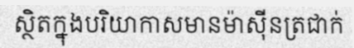
ស្ថិតក្នុងបរិយាកាសមានម៉ាស៊ីនត្រជាក់